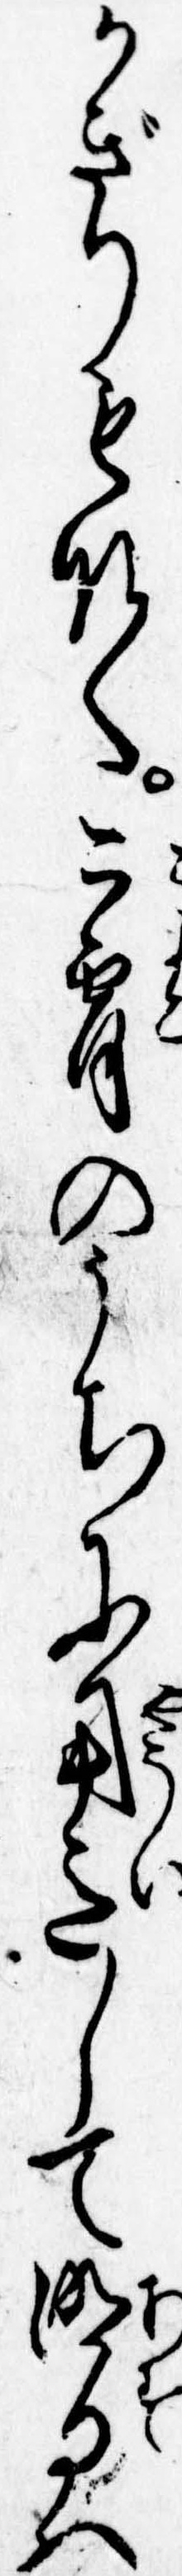
かぎりもなく今宵のうちに用意して明日は